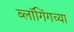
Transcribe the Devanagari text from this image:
ब्लॉगिंगच्या